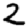
Digit: 2